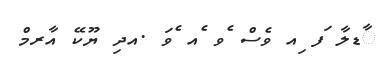
ާޑލާ ަފ ިއ ވެސް ެވ ެއ ެވަ .އދި ޔޫކޭ އާރމް